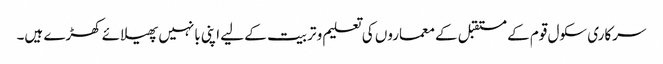
سرکاری سکول قوم کے مستقبل کے معماروں کی تعلیم و تربیت کے لیے اپنی بانہیں پھیلائے کھڑے ہیں۔